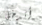
أتدخل